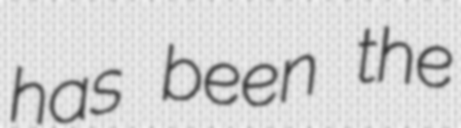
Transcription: has been the